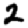
Digit: 2